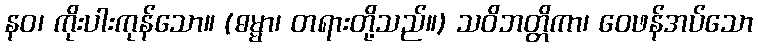
နဝ၊ ကိုးပါးကုန်သော။ (ဓမ္မာ၊ တရားတို့သည်။) သဝိဘတ္တိကာ၊ ဝေဖန်အပ်သော